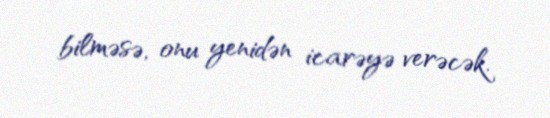
bilməsə, onu yenidən icarəyə verəcək.